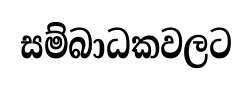
සම්බාධකවලට